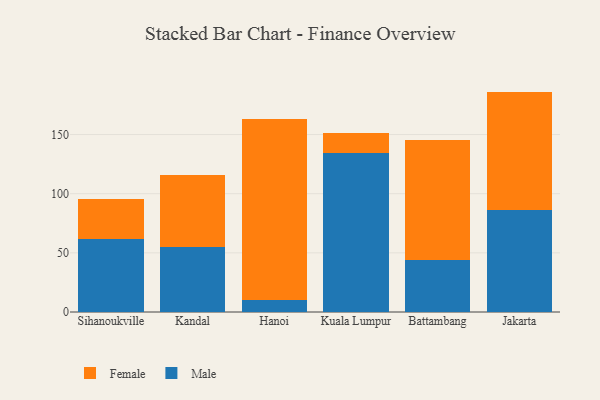
{"axis": {"x": "City", "y": "Population (Million)"}, "legend": ["Female", "Male"], "data": [{"x": "Sihanoukville", "y": 61.4, "type": "Male"}, {"x": "Sihanoukville", "y": 34.2, "type": "Female"}, {"x": "Kandal", "y": 54.6, "type": "Male"}, {"x": "Kandal", "y": 60.9, "type": "Female"}, {"x": "Hanoi", "y": 9.8, "type": "Male"}, {"x": "Hanoi", "y": 153.1, "type": "Female"}, {"x": "Kuala Lumpur", "y": 134.1, "type": "Male"}, {"x": "Kuala Lumpur", "y": 16.9, "type": "Female"}, {"x": "Battambang", "y": 44.1, "type": "Male"}, {"x": "Battambang", "y": 101.4, "type": "Female"}, {"x": "Jakarta", "y": 86.5, "type": "Male"}, {"x": "Jakarta", "y": 99.8, "type": "Female"}]}